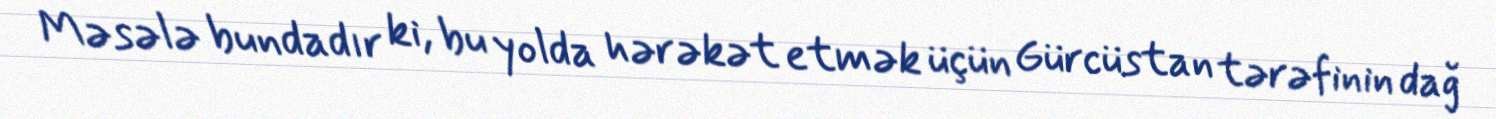
Məsələ bundadır ki, bu yolda hərəkət etmək üçün Gürcüstan tərəfinin dağ